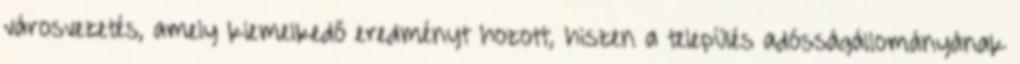
városvezetés, amely kiemelkedő eredményt hozott, hiszen a település adósságállományának